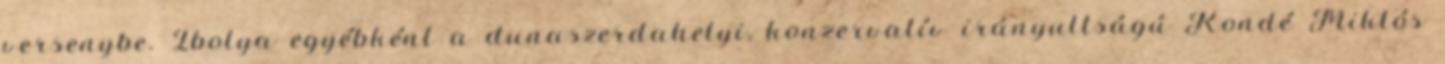
versenybe. Ibolya egyébként a dunaszerdahelyi, konzervatív irányultságú Kondé Miklós